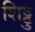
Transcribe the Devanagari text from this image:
शिट्टु